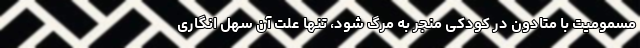
مسمومیت با متادون در کودکی منجر به مرگ شود، تنها علت آن سهل انگاری